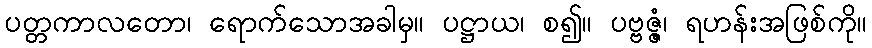
ပတ္တကာလတော၊ ရောက်သောအခါမှ။ ပဋ္ဌာယ၊ စ၍။ ပဗ္ဗဇ္ဇံ၊ ရဟန်းအဖြစ်ကို။